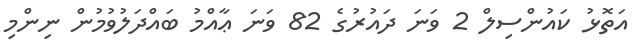
އަތޮޅު ކައުންސިލް 2 ވަނަ ދައުރުގެ 82 ވަނަ ޢާއްމު ބައްދަލުވުމުން ނިންމި